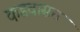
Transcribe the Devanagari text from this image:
कडवासरा